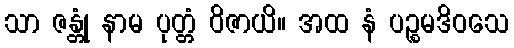
သာ ဇန္တုံ နာမ ပုတ္တံ ဝိဇာယိ။ အထ နံ ပဉ္စမဒိဝသေ